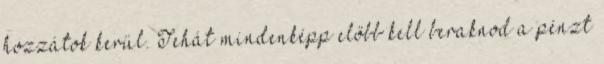
hozzátok kerül. Tehát mindenképp előbb kell beraknod a pénzt